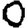
Digit: 0